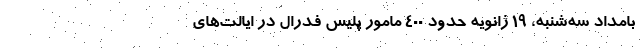
بامداد سه‌شنبه، ۱۹ ژانویه حدود ۴۰۰ مامور پلیس فدرال در ایالت‌های